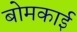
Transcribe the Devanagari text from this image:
बोमकाई